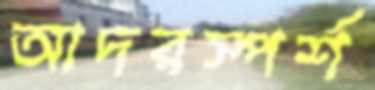
আদরস্পর্শ